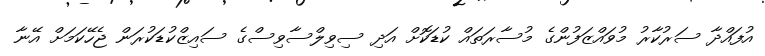
އުފައްދާ ސަރުކާރު މުވައްޒަފުންގެ މުސާރަތައް ކުޑަކޮށް އަދި ސިވިލްސާވިސްގެ ސައިޒްކުޑަކުރަން ޖެހޭކަމަށް އޭނާ